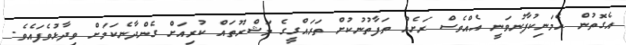
އެގޮތުން އެމަނިކުފާނުވަނީ އެއްވެސް ރަށެއް ތަފާތުނުކުށް ތަރައްގީގެ މަޝްރޫތައް ކުރިއަށް ގެންދާނެކަމަށް ވިދާޅުވެފަައެވެ.